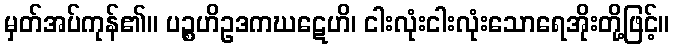
မှတ်အပ်ကုန်၏။ ပဉ္စဟိဥဒကဃဋေဟိ၊ ငါးလုံးငါးလုံးသောရေအိုးတို့ဖြင့်။